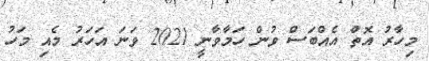
މިހާރު އޮތް އެއްބަސް ވުން ހަމާވާނީ 2021 ވަނަ އަހަރު މެއި މަހު